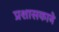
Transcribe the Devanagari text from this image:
प्रशासकाने